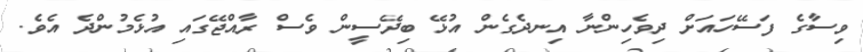
ވިސާގެ ފަސޭހައަށް ދިވެހިންނާ އިނދެގެން އުޅޭ ބިދޭސީން ވެސް ރާއްޖޭގައި އުޅެމުންދެ އެވެ.